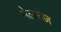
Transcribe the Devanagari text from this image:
मेलरोज़